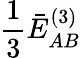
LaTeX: \frac{1}{3}\bar{E}_{AB}^{(3)}